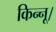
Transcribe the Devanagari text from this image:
किन्नू।